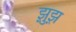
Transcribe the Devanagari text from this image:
झ़ुझ़